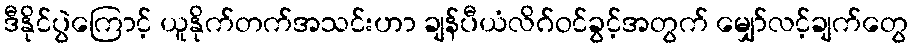
ဒီနိုင်ပွဲကြောင့် ယူနိုက်တက်အသင်းဟာ ချန်ပီယံလိဂ်ဝင်ခွင့်အတွက် မျှော်လင့်ချက်တွေ